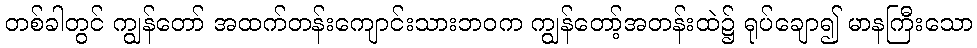
တစ်ခါတွင် ကျွန်တော် အထက်တန်းကျောင်းသားဘဝက ကျွန်တော့်အတန်းထဲ၌ ရုပ်ချော၍ မာနကြီးသော